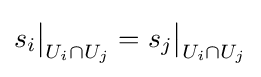
s_{i}{\big \vert }_{U_{i}\cap U_{j}}=s_{j}{\big \vert }_{U_{i}\cap U_{j}}